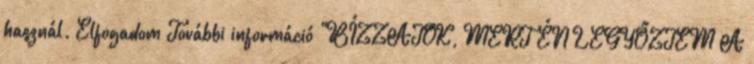
használ. Elfogadom További információ "BÍZZATOK, MERT ÉN LEGYŐZTEM A